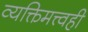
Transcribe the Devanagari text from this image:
व्यक्तिमत्त्वही